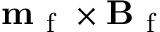
\mathbf { m } _ { \mathrm { ~ f ~ } } \times \mathbf { B } _ { \mathrm { ~ f ~ } }